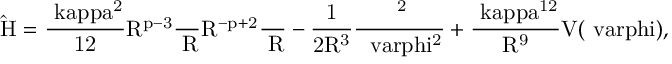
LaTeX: \mathrm { \hat { H } = \frac { \ k a p p a ^ { 2 } } { 1 2 } R ^ { p - 3 } \frac { \partial } { \partial R } R ^ { - p + 2 } \frac { \partial } { \partial R } - \frac { 1 } { 2 R ^ { 3 } } \frac { \partial ^ { 2 } } { \partial \ v a r p h i ^ { 2 } } + \frac { \ k a p p a ^ { 1 2 } } { R ^ { 9 } } V ( \ v a r p h i ) , }